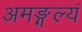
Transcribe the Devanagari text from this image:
अमङ्गल्यं